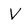
Character: V